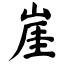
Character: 崖